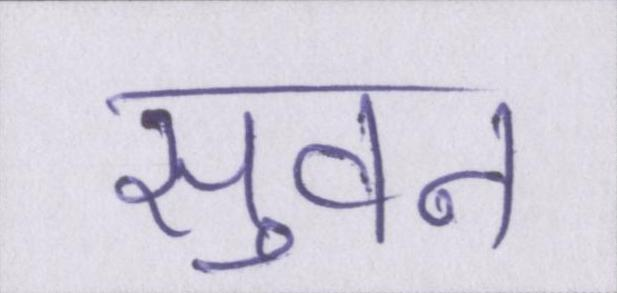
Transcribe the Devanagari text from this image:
सुवन